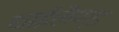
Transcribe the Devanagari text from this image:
थाईलैण्‍ड